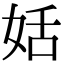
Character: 姡